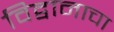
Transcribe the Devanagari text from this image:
विद्वानाचा